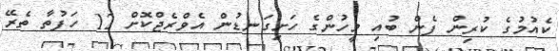
ކެއުމުގެ ކުރިން ފެން ބުއި މީހުންގެ ހަށިގަނޑުން އެވްރެޖްކޮށް 12 ހަފުތާ ތެރޭ